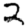
Digit: 2